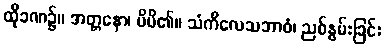
ထိုခဏ၌။ အတ္တနော၊ မိမိ၏။ သံကိလေသဘာဝံ၊ ညစ်နွမ်းခြင်း